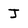
Character: J